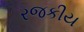
રજકીય